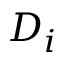
D _ { i }